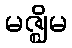
မဇ္ဈိမ